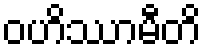
ဝဟိဿာမီတိ